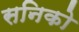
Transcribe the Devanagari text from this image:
सनिको